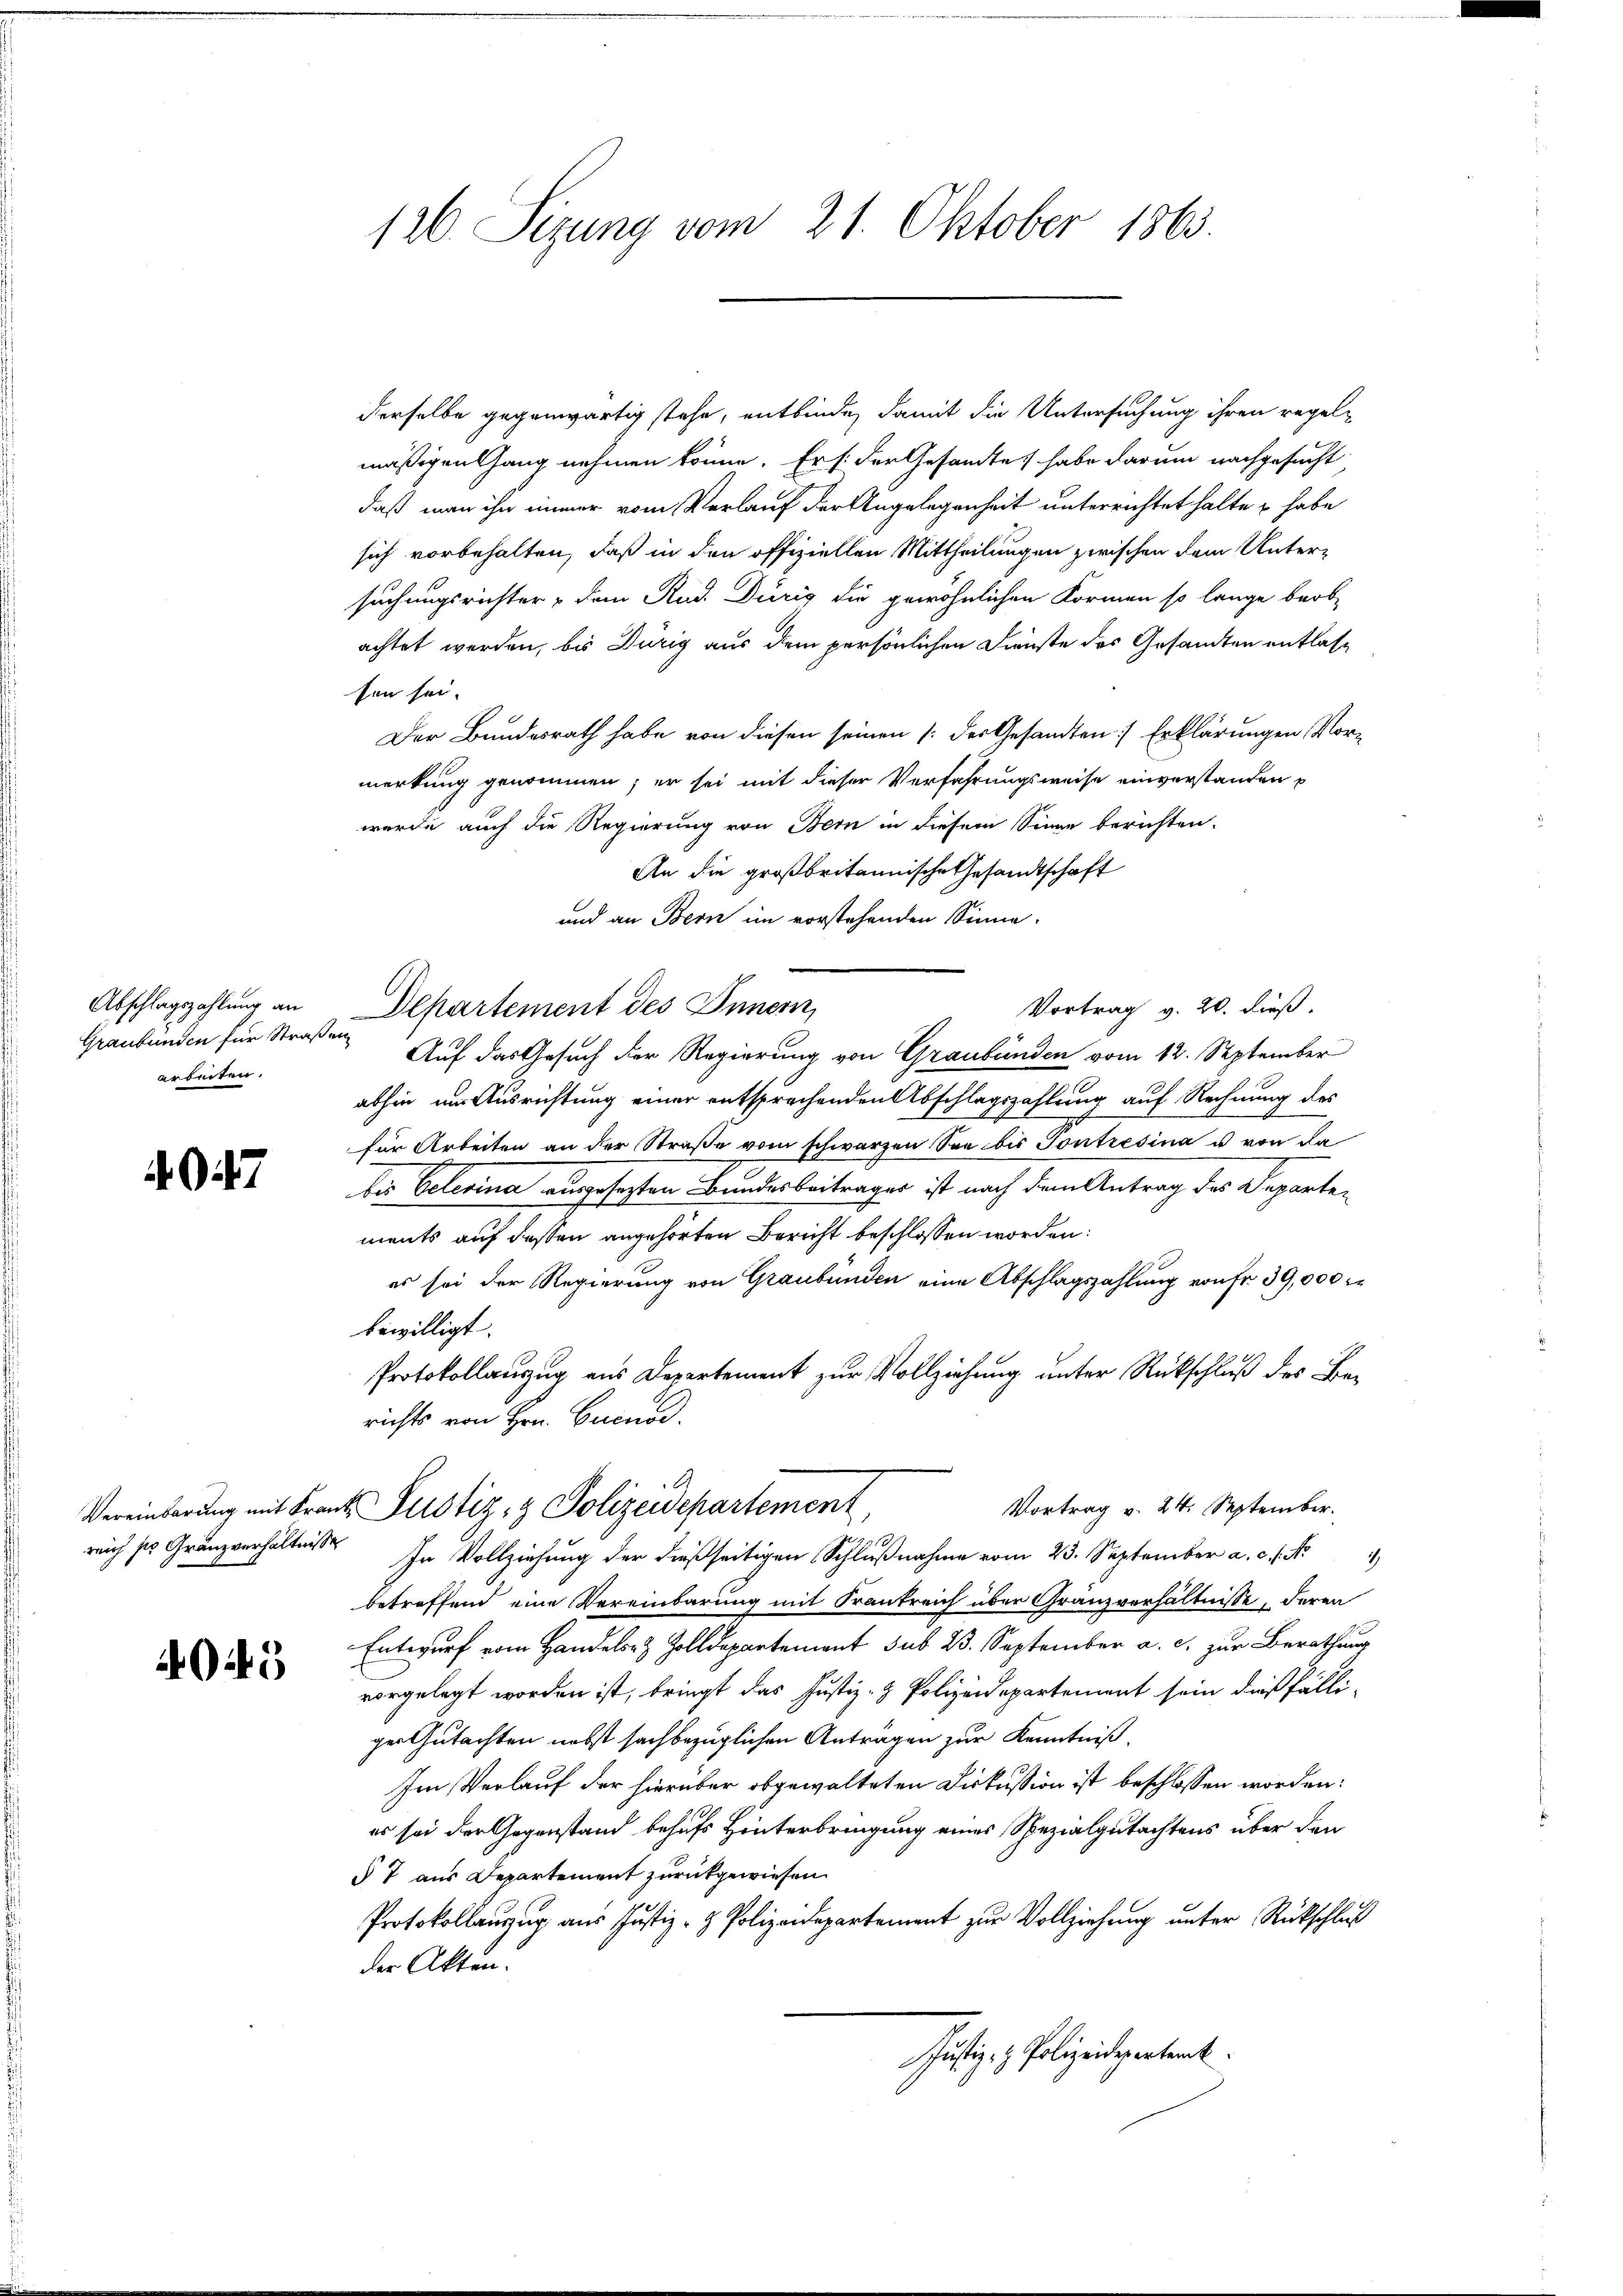
Abschlagszahlung an
Graubünden für Straße
arbeiten.

7

Vereinbarung mit Fran
reich sie Gränzverhältnisse

4045

126. Sizung vom 21. Oktober 1863.

derselbe gegenwärtig stehe, entbinde, damit die Untersuchung ihren regelmäßigen Gang nehmen könne. Er /: der Gesamtes habe darum nachgesucht
daß man ihn immer vom Verlauf der Angelegenheit unterrichtet hatte & habe
sich vorbehalten, daß in den offiziellen Mittheilungen zwischen dem Untersuchungsrichter & dem Rud. Düris die gewöhnlichen Formen so lange beob-
achtet werden, bis Durig aus dem persönlichen Dienste des Gesandten entlasson sei.
Der Bundesrath habe von diesen seinen /: der Gesandten) Erklärungen Vor-
merkung genommen; er sei mit dieser Verfahrungsweise einverstanden
werde auch die Regierung von Bern in diesem Sinne berichten.
An die großbritannische Gesandtschaft
und an Bern im vorstehenden Sinne.
Vortrag v. 20. dieß.
Departement des Innern,
" Auf das Gesuch der Regierung von Graubünden vom 12. September
abhin im Ausrichtung einer entsprechenden Abschlagszahlung auf Rechnung des
für Arbeiten an der Straße vom schwarzen See bis Sontresina u von da
bis Belerina ausgesetzten Bundesbeitrages ist nach dem Antrag des Separte-
ments auf deßen angehörten Bericht beschlossen worden:
es sei der Regierung von Graubünden eine Abschlagszahlung von Fr. 39,000 M
bewilligt.
Protokollauszug aus Departement zur Vollziehung unter Rückschluß des Berichts von Hrn. Cucusi.
Vortrag v. 24. September.
4. Justiz- & Polizeidepartement,
10
In Vollziehung der dießseitigen Schlußnahme vom 23. September a. c. . .
betreffend eine Vereinbarung mit Frankreich über Granzverhältnisse, deren
Entwurf vom Handels- & Zolldepartement sub 23. September a. c. zur Berathung
vorgelegt worden ist, bringt das Justiz- & Polizeidepartement sein dießfälli-
ger Gutachten nebst sachbezüglichen Anträgen zur Kenntniß.
Im Verlauf der hierüber obgewalteten Diskussion ist beschlossen worden:
es sei der Gegenstand behufs Hinterbringung eines Spezialgutachtens über den
§ 7 aus Departement zurückgewiesen.
Protokollanzug aus Justiz- & Polizeidepartement zur Vollziehung unter Rückschluß
der Akten.
Justiz- & Polizeidepartent